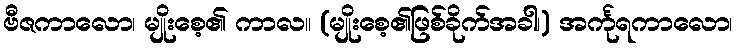
ဗီဇကာလော၊ မျိုးစေ့၏ ကာလ။ (မျိုးစေ့၏ဖြစ်ခိုက်အခါ၊) အင်္ကုရကာလော၊